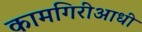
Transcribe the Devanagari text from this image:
कामगिरीआधी